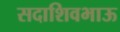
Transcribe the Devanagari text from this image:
सदाशिवभाऊ